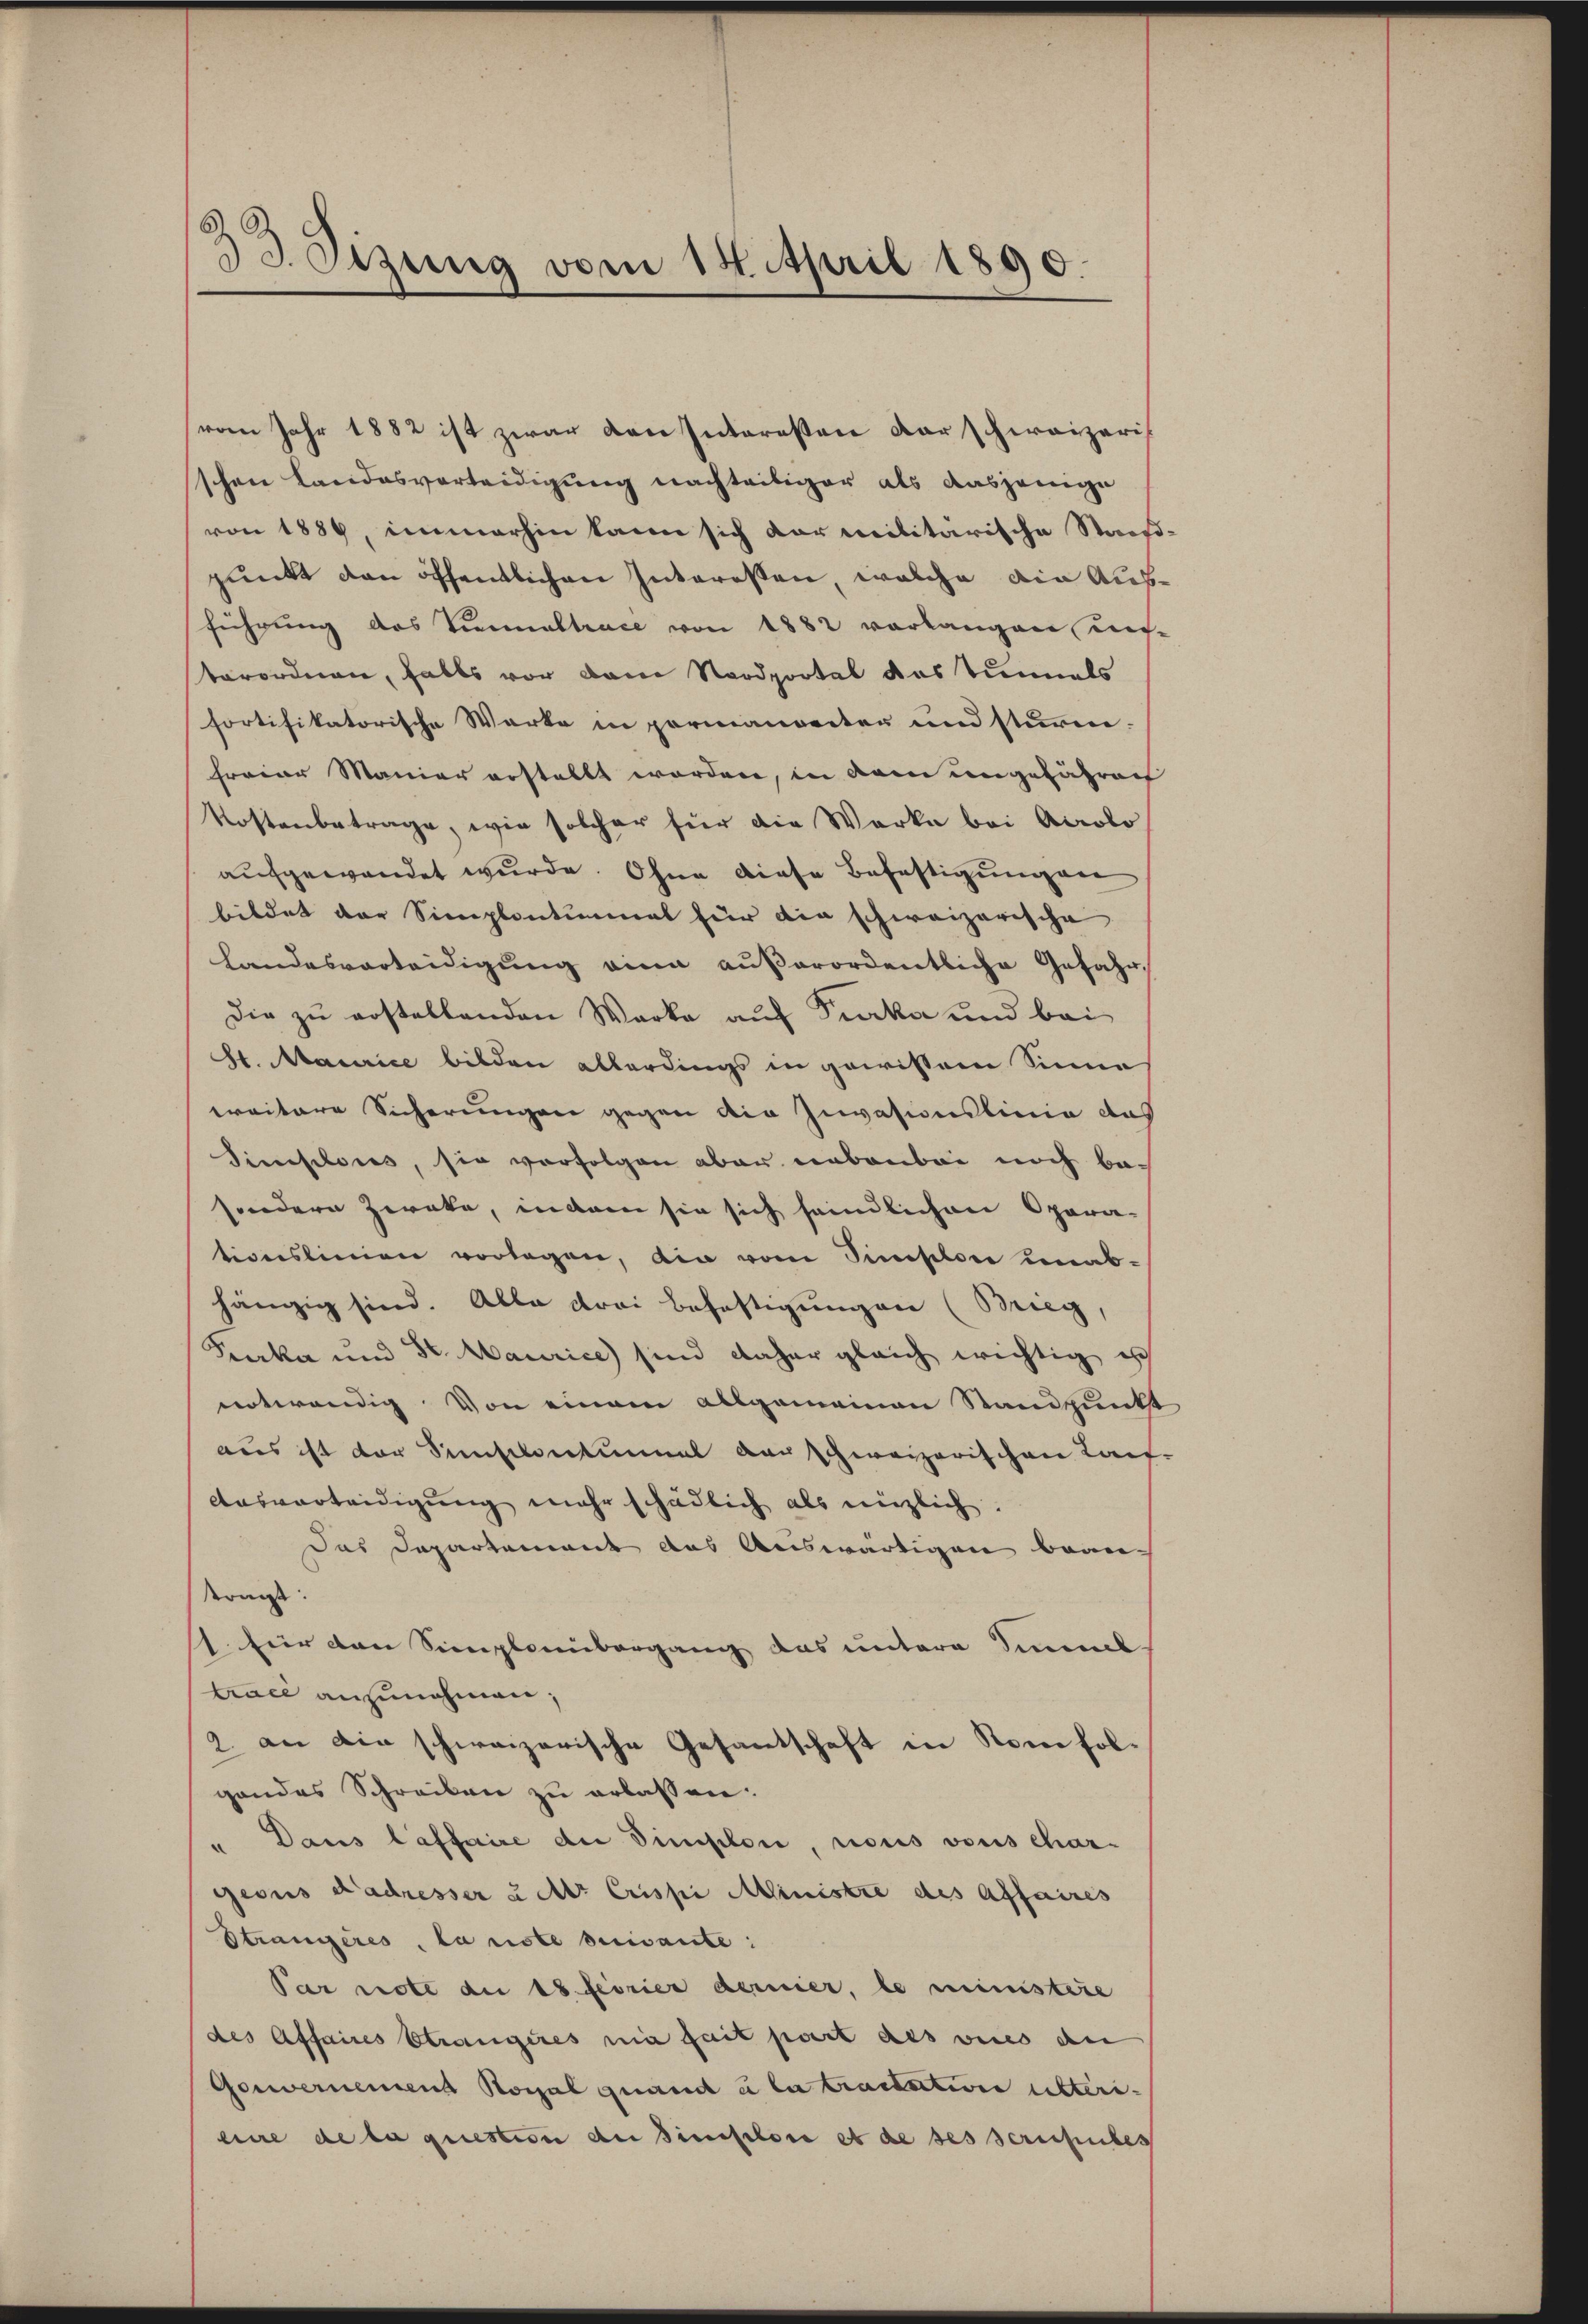
33. Sizung vom 18. April 1890.

vom Jahr 1882 ist zwar den Interessen der schweizeris
schen Landesverteidigung nachteiliger als dasjenige
von 1889, immerhin kann sich dar militärische Staats
punkt den öffentlichen Interessen, welche ain Aufführung des Verialtrace von 1882 verlangen un-
terordnen, falls vor den Nordpootal das Tunnels
fortifikatorische Werke in permanoeter und sturen.
freier Manier erstellt worden, in dem ungefähren
Kostenbetrage, wie solcher für die Werke bei Accolo
aufgewendet wurde. Ohne diese Befestigungen
bildet der Simplontimat für die schweizerische
Landesverteidigung eine außerordentliche Gefahr,
Die zu erstellenden Werke auf Furka und bei
St. Maurice bilden allerdings in gewissem Sinne
treitere Sicherungen gegen die Invasionslinie das
Sieisitores, sie verfolgen aber nebenbei noch be-
sondern Zweke, indem sie sich feindlichen Opara-
tionslinien vorlagen, die vom Sinestor unab-
hängig sind. Alle drei Beheftigungen (Bieg,
Furka und St. Maurice) sind daher gleich wichtig ich
notwendig. Von einem allgemeinen Standpunkt
aus ist der Siscletinmal darschweizerischen Kant
Ausverteidigung mehr schädlich als möglich.
das Departement aus Auswärtigen bean-
tragt:
1. für den Sienplanübergang das untere Simml
trace anzunehmen;
2. an die schweizerische Gesantschaft in Somfolgendes Schreiben zu erlassen.
" Dans laffaire die Simplon, nous vous chargeons Radresser u Mr Crispi Ministre des Affaires
Strangeres, la riste beisante:
Par note die 18. Ferier derier, le ministire
des Affaires Strangires nie fait part des vices eben
Genwernemend Royal quand à la tractation unteri-
eine de la question an Finslose es de ses Serienbes